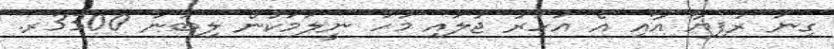
ގިނަ ރުފިޔާ އާއި އެ އަހަރު ޖުލައި މަހު ނީލަމަކުން ލިބުނު 3300ރ.